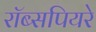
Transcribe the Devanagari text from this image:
रॉब्सपियरे